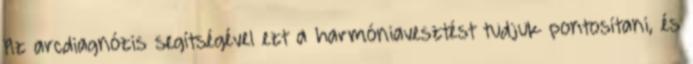
Az arcdiagnózis segítségével ezt a harmóniavesztést tudjuk pontosítani, és